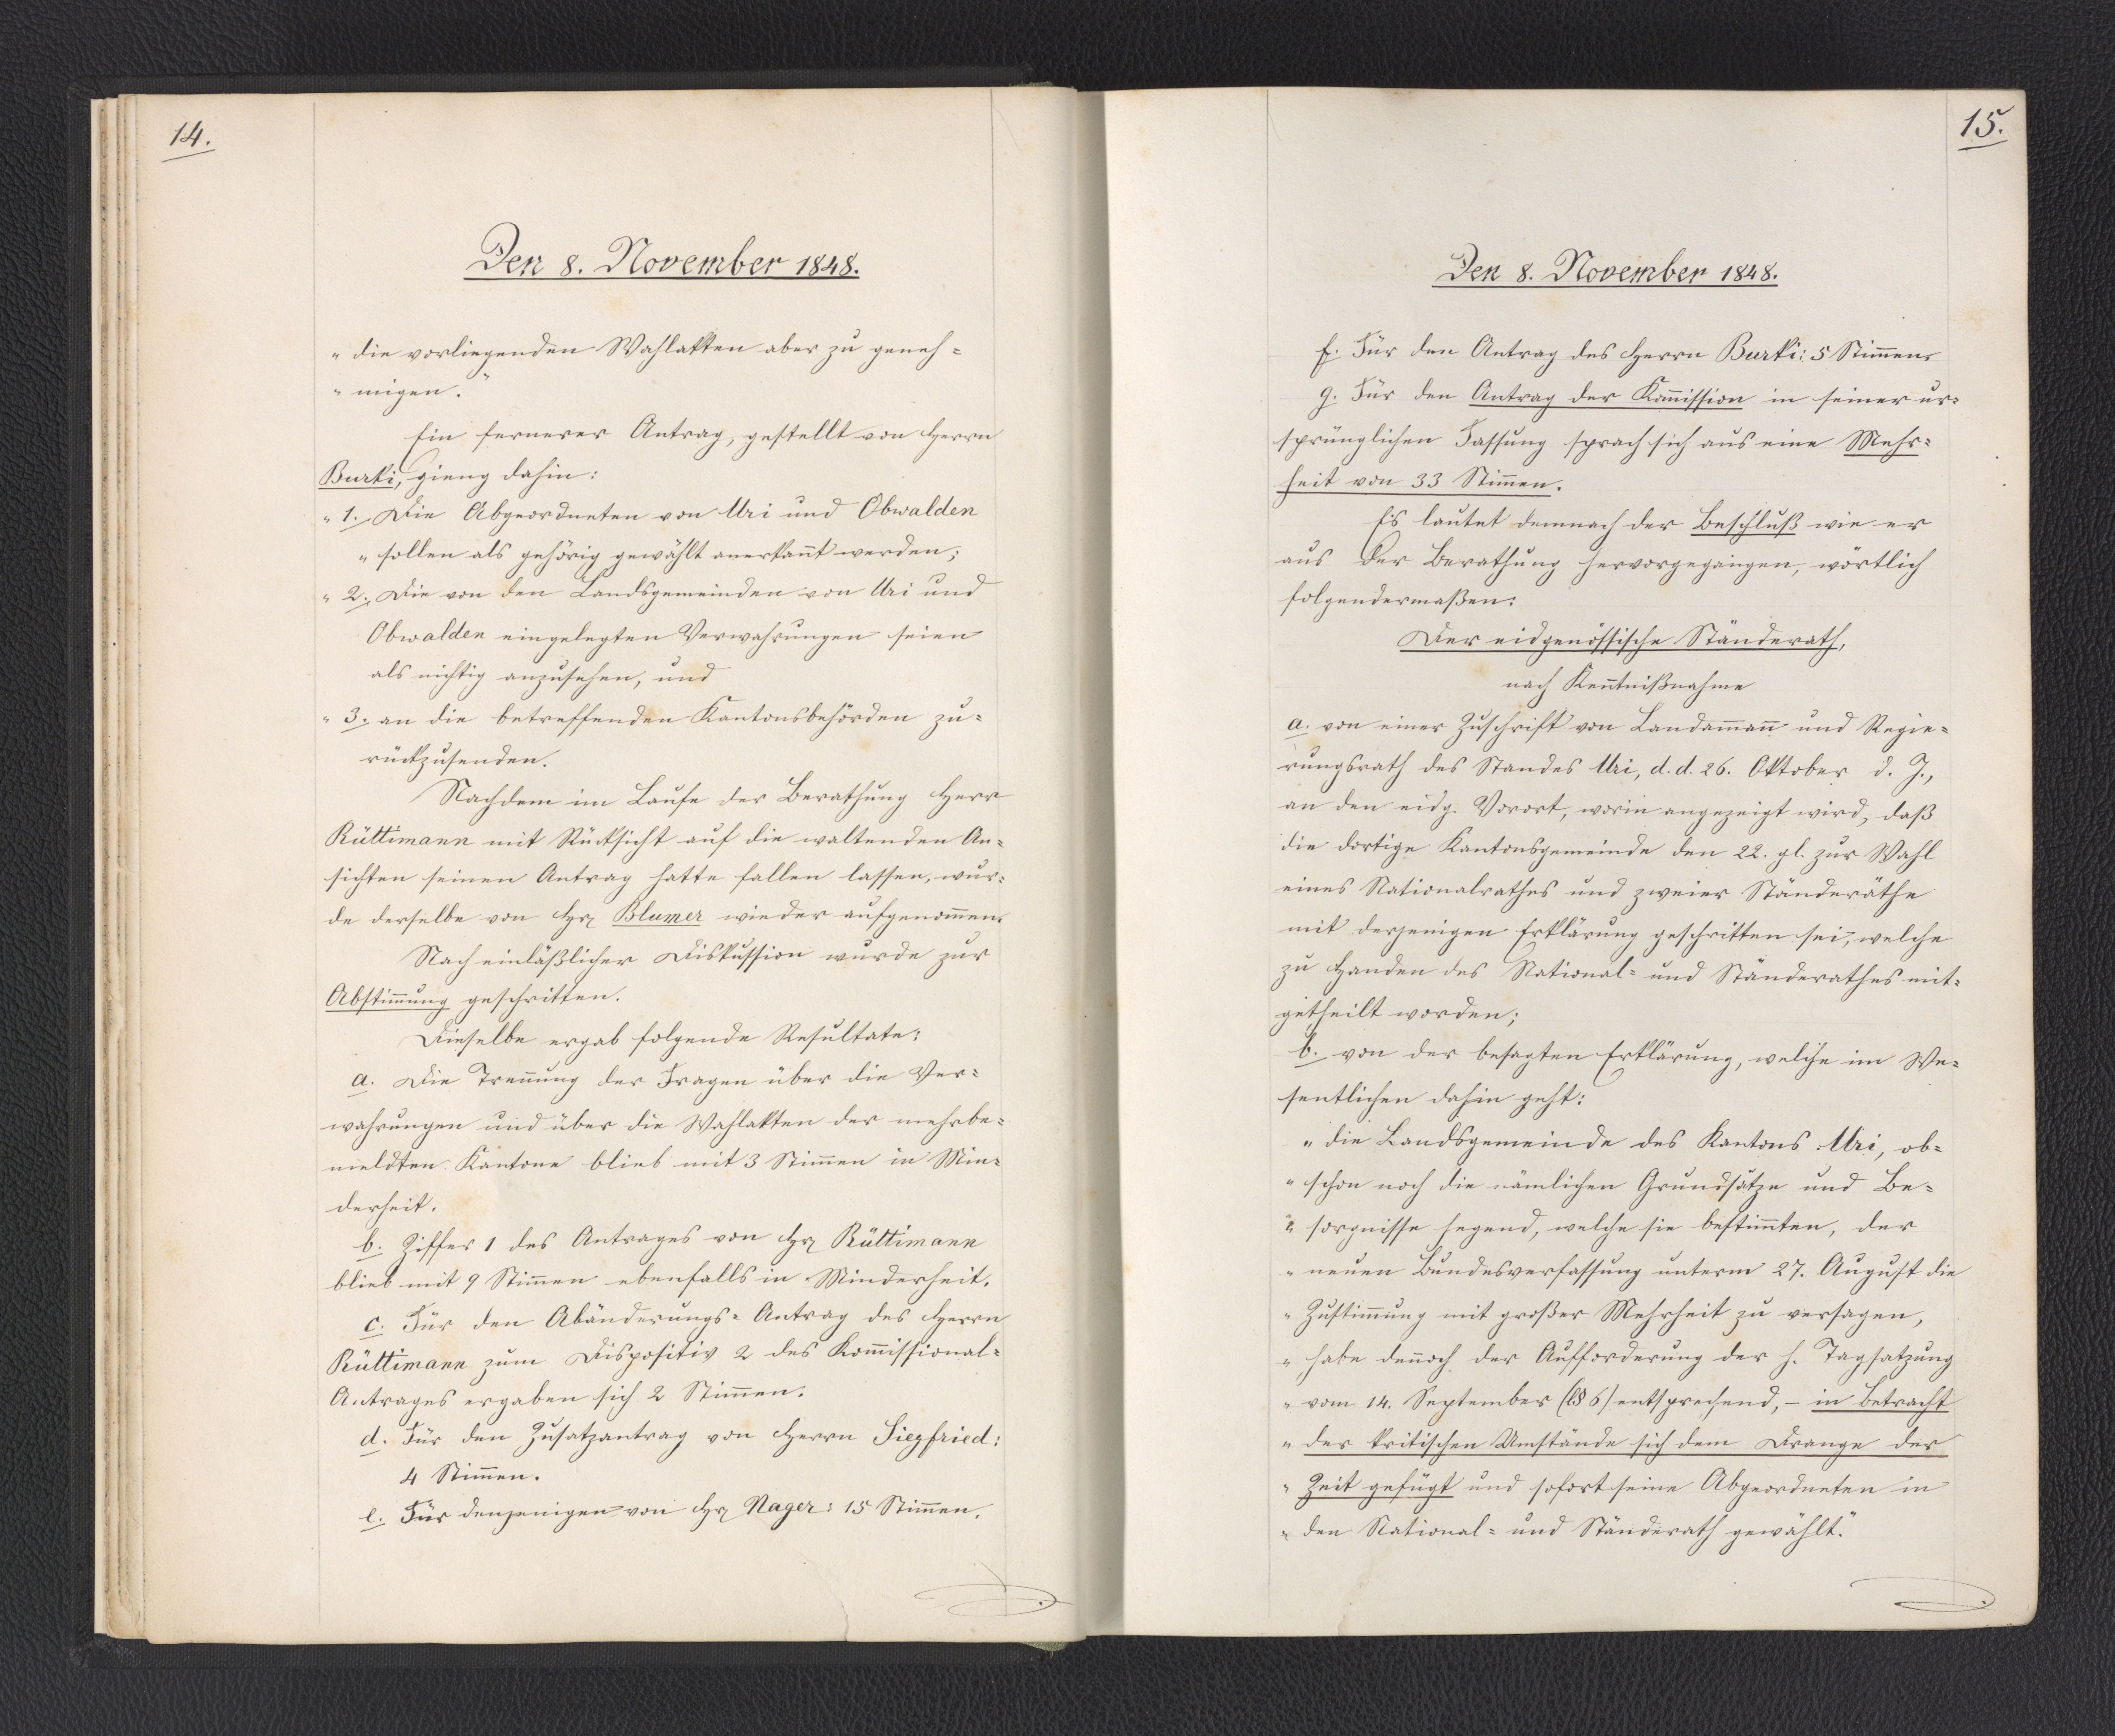
14.

Den 8. November 1848.

die vorliegenden Wahlakten aber zu geneh¬
migen."
Ein fernerer Antrag, gestellt von Herrn
Burki, gieng dahin:
"1. Die Abgeordneten von Uri und Obwalden
sollen als gehörig gewählt anerkannt werden;
2. Die von den Landsgemeinden von Uri und
Obwalden eingelegten Verwahrungen seien
als nichtig anzusehen, und
3. an die betreffenden Kantonsbehörden zu¬
rückzusenden."
Nachdem im Laufe der Berathung Herr
Rüttimann mit Rücksicht auf die waltenden An¬
sichten seinen Antrag hatte fallen lassen, wur¬
de derselbe von Herrn Blumer wieder aufgenommen.
Nach einläßlicher Diskussion wurde zur
Abstimmung geschritten.
Dieselbe ergab folgende Resultate:
a. Die Trennung der Fragen über die Ver¬
wahrungen und über die Wahlakten der mehrbe¬
meldten Kantone blieb mit 3 Stimmen in Min¬
derheit.
b. Ziffer 1 des Antrages von Herrn Rüttimann
blieb mit 9 Stimmen ebenfalls in Minderheit.
c. Für den Abänderungs-Antrag des Herrn
Rüttimann zum Dispositiv 2 des Kommissional¬
Antrages ergaben sich 2 Stimmen.
d. Für den Zusatzantrag von Herrn Siegfried:
4 Stimmen.
e. Für denjenigen von Herrn Nager: 15 Stimmen.

15.

Den 8. November 1848.

f. Für den Antrag des Herrn Burki: 5 Stimmen.
g. Für den Antrag der Kommission in seiner ur¬
sprünglichen Fassung sprach sich aus eine Mehr¬
heit von 33 Stimmen.
Es lautet demnach der Beschluß wie er
aus der Berathung hervorgegangen, wörtlich
folgendermaßen:
Der eidgenössische Ständerath,
nach Kenntnißnahme
a. von einer Zuschrift von Landammann und Regie¬
rungsrath des Standes Uri, d. d. 26. Oktober d. J.,
an den eidg. Vorort, worin angezeigt wird, daß
die dortige Kantonsgemeinde den 22. gl. zur Wahl
eines Nationalrathes und zweier Ständeräthe
mit derjenigen Erklärung geschritten sei, welche
zu Handen des National- und Ständerathes mit¬
getheilt worden;
b. von der besagten Erklärung, welche im We¬
sentlichen dahin geht:
"die Landsgemeinde des Kantons Uri, ob¬
schon noch die nämlichen Grundsätze und Be¬
sorgnisse hegend, welche sie bestimmten, der
neuen Bundesverfassung unterm 27. August die
Zustimmung mit großer Mehrheit zu versagen,
habe dennoch der Aufforderung der h. Tagsatzung
vom 14. September (l. §6) entsprechend, - in Betracht
der kritischen Umstände sich dem Drange der
Zeit gefügt und sofort seine Abgeordneten in
den National- und Ständerath gewählt."